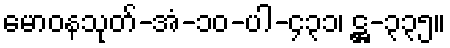
မောဝနသုတ်-အံ-၁၀-ပါ-၄၃၁၊ ဋ္ဌ-၃၃၅။